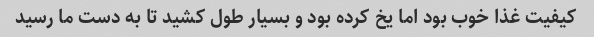
کیفیت غذا خوب بود اما یخ کرده بود و بسیار طول کشید تا به دست ما رسید